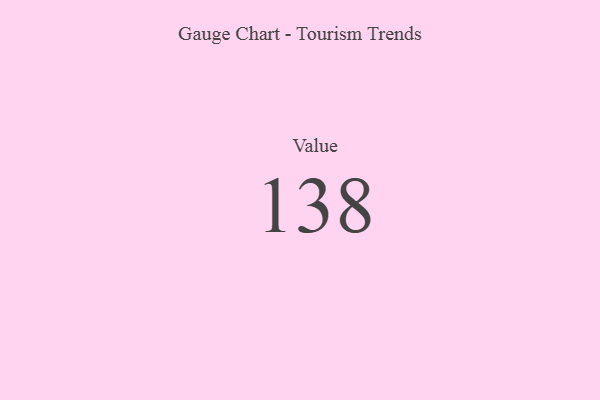
{"axis": {"x": "Metric", "y": "Value"}, "legend": [""], "data": [{"x": "Value", "y": 138, "type": ""}]}